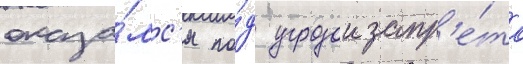
оказа́лс'я по́д угрозои запр'е́та